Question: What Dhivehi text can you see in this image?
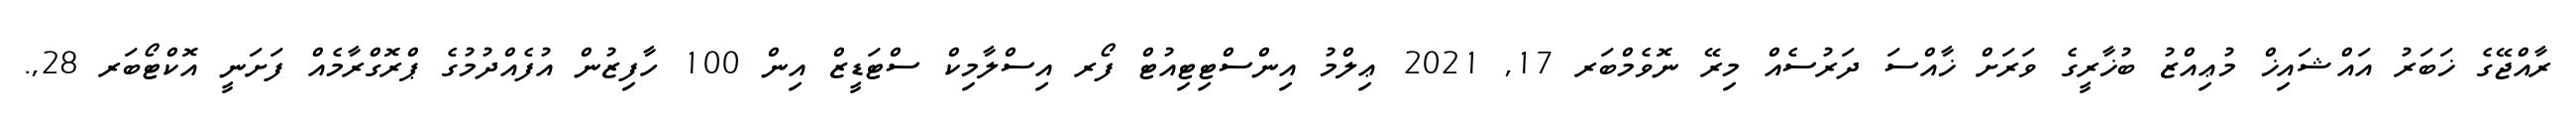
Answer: ރާއްޖޭގެ ޚަބަރު އައްޝައިޚް މުޢިއްޒު ބުޚާރީގެ ވަރަށް ޚާއްސަ ދަރުސެއް މިރޭ ނޮވެމްބަރ 17, 2021 ޢިލްމު އިންސްޓިޓިއުޓް ފޯރ އިސްލާމިކް ސްޓަޑީޒް އިން 100 ހާފިޒުން އުފެއްދުމުގެ ޕްރޮގްރާމެއް ފަށަނީ އޮކްޓޯބަރ 28,.